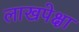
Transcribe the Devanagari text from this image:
लाखपेक्षा